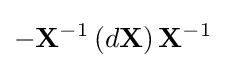
-\mathbf {X} ^{-1}\left(d\mathbf {X} \right)\mathbf {X} ^{-1}